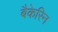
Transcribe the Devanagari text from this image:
बैकेरिन